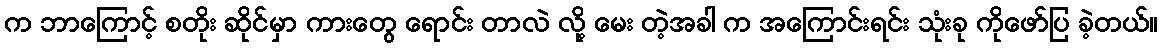
က ဘာကြောင့် စတိုး ဆိုင်မှာ ကားတွေ ရောင်း တာလဲ လို့ မေး တဲ့အခါ က အကြောင်းရင်း သုံးခု ကိုဖော်ပြ ခဲ့တယ်။